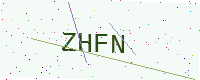
Text: ZHFN